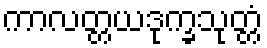
ကာလတ္တယဒုက္ခသုတ္တံ